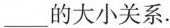
_____的大小关系。